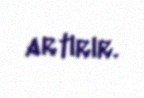
artırır.